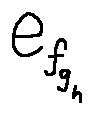
e _ { f _ { g _ { h } } }